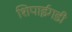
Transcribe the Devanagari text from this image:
शिपाईगडी